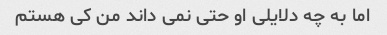
اما به چه دلایلی او حتی نمی داند من کی هستم